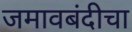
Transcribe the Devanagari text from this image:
जमावबंदीचा